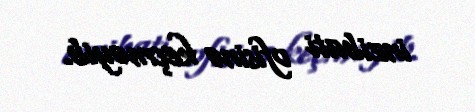
inzibati ofisinə keçməyib.